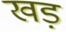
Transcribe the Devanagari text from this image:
खड़